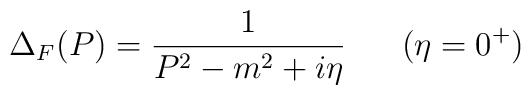
\Delta_F (P) = \frac{1}{P^2 - m^2 + i \eta} \;\;\;\;\;\; (\eta = 0^+)